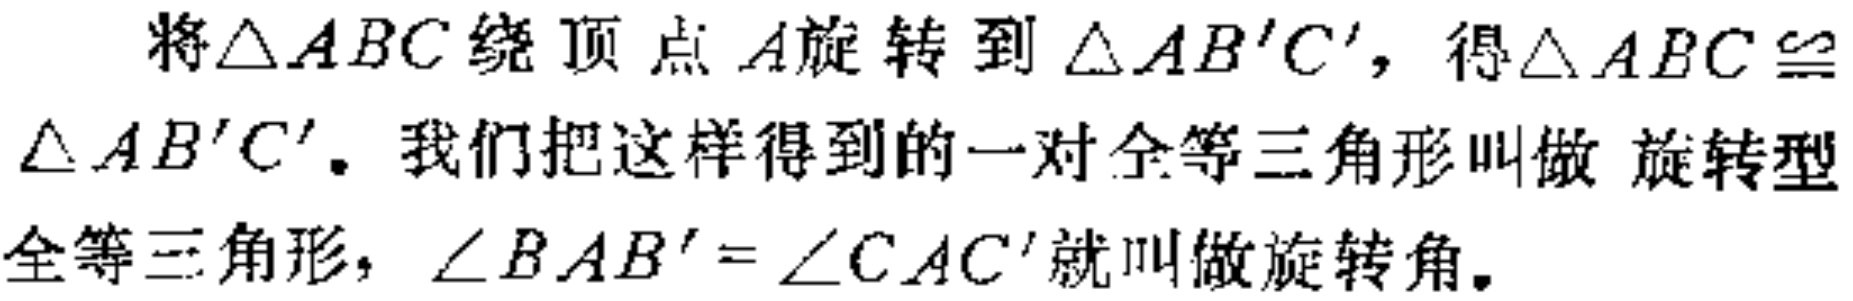
将$\triangle ABC$绕顶点$A$旋转到$\triangle AB'C'$，得$\triangle ABC\cong\triangle AB'C'$. 我们把这样得到的一对全等三角形叫做 旋转型全等三角形，$\angle BAB' = \angle CAC'$就叫做旋转角.